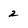
Character: 2